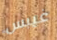
غيبس